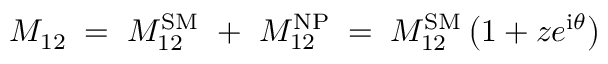
M _ { 1 2 } \; = \; M _ { 1 2 } ^ { \mathrm { S M } } ~ + ~ M _ { 1 2 } ^ { \mathrm { N P } } \; = \; M _ { 1 2 } ^ { \mathrm { S M } } \left( 1 + z e ^ { \mathrm { i } \theta } \right) \;